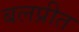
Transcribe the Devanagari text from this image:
बलप्रीत